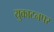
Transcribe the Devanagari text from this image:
युकाटनपर